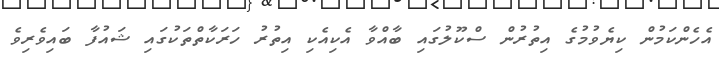
އެހެންކަމުން ކިޔެވުމުގެ އިތުރުން ސްކޫލުގައި ބާއްވާ އެކިއެކި އިތުރު ހަރަކާތްތަކުގައި ޝައުފާ ބައިވެރިވެ